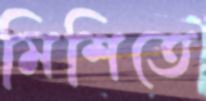
মিশিতে